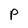
Character: P